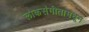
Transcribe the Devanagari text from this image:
लोकसंगीतामधून